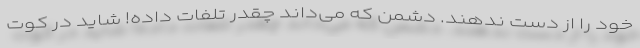
خود را از دست ندهند. دشمن که می‌داند چقدر تلفات داده! شاید در کوت